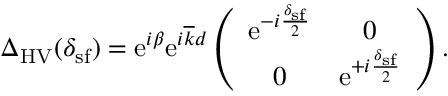
\begin{array} { r } { \Delta _ { \mathrm { H V } } ( \delta _ { \mathrm { s f } } ) = \mathrm { e } ^ { i \beta } \mathrm { e } ^ { i \overline { { k } } d } \left( \begin{array} { c c } { \mathrm { e } ^ { - i \frac { \delta _ { \mathrm { s f } } } { 2 } } } & { 0 } \\ { 0 } & { \mathrm { e } ^ { + i \frac { \delta _ { \mathrm { s f } } } { 2 } } } \end{array} \right) . } \end{array}